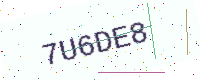
Text: 7U6DE8